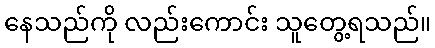
နေသည်ကို လည်းကောင်း သူတွေ့ရသည်။